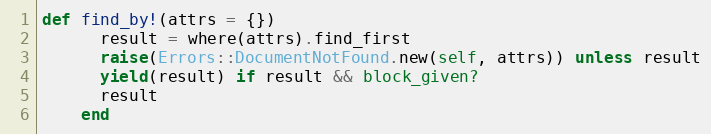
Language: Ruby
def find_by!(attrs = {})
      result = where(attrs).find_first
      raise(Errors::DocumentNotFound.new(self, attrs)) unless result
      yield(result) if result && block_given?
      result
    end